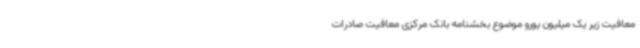
معافیت زیر یک میلیون یورو موضوع بخشنامه بانک مرکزی معافیت صادرات